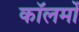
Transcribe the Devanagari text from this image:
काॅलमों